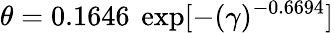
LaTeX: \theta=0.1646~\exp[-(\gamma)^{-0.6694}]